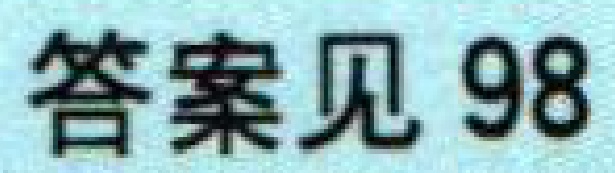
答案见 98